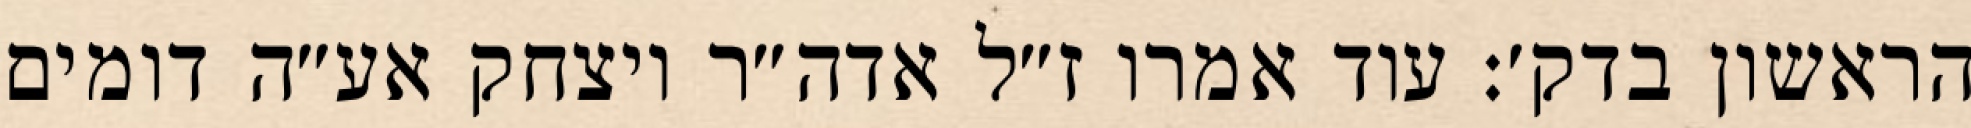
הראשון בדק׳: עוד אמרו ז״ל אדה״ר ויצחק אע״ה דומים